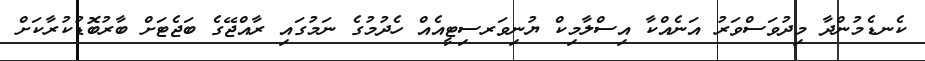
ކެނޑެމުންދާ މިދުވަސްވަރު އަނެއްކާ އިސްލާމިކް ޔުނިވަރސިޓީއެއް ހެދުމުގެ ނަމުގައި ރާއްޖޭގެ ބަޖެޓަށް ބާރުބޮޑުކުރާކަށް